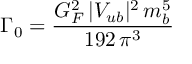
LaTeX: \Gamma _ { 0 } = { \frac { G _ { F } ^ { 2 } \, | V _ { u b } | ^ { 2 } \, m _ { b } ^ { 5 } } { 1 9 2 \, \pi ^ { 3 } } }